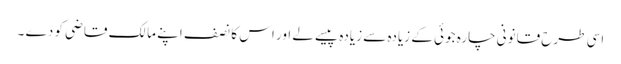
اسی طرح قانونی چارہ جوئی کے زیادہ سے زیادہ پیسے لے اور اس کا نصف اپنے مالک قاضی کو دے ۔